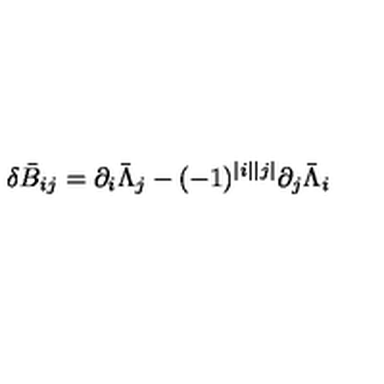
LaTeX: \delta \bar { B } _ { i j } = \partial _ { i } \bar { \Lambda } _ { j } - ( - 1 ) ^ { | i | | j | } \partial _ { j } \bar { \Lambda } _ { i }